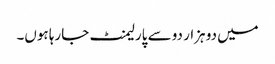
میں دو ہزار دو سے پارلیمنٹ جارہا ہوں۔